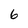
Character: 6